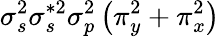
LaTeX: \sigma_{s}^{2}\sigma_{s}^{*2}\sigma_{p}^{2}\left(\pi_{y}^{2}+\pi_{x}^{2}\right)